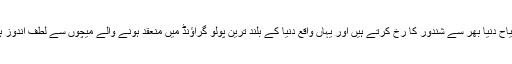
ہر سال سیاح دنیا بھر سے شندور کا رخ کرتے ہیں اور یہاں واقع دنیا کے بلند ترین پولو گراؤنڈ میں منعقد ہونے والے میچوں سے لطف اندوز ہوتے ہیں۔